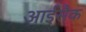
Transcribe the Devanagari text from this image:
आईसैक